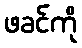
ဖခင်ကို